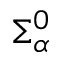
\Sigma _ { \alpha } ^ { 0 }